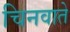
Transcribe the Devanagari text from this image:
चिनवाते